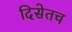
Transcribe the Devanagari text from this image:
दिसेतच